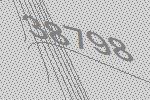
38798